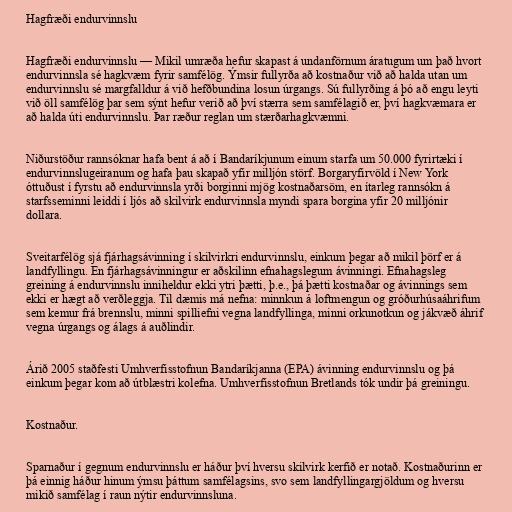
Hagfræði endurvinnslu

Hagfræði endurvinnslu — Mikil umræða hefur skapast á undanförnum áratugum um það hvort
endurvinnsla sé hagkvæm fyrir samfélög. Ýmsir fullyrða að kostnaður við að halda utan um
endurvinnslu sé margfalldur á við hefðbundina losun úrgangs. Sú fullyrðing á þó að engu leyti
við öll samfélög þar sem sýnt hefur verið að því stærra sem samfélagið er, því hagkvæmara er
að halda úti endurvinnslu. Þar ræður reglan um stærðarhagkvæmni.

Niðurstöður rannsóknar hafa bent á að í Bandaríkjunum einum starfa um 50.000 fyrirtæki í
endurvinnslugeiranum og hafa þau skapað yfir milljón störf. Borgaryfirvöld í New York
óttuðust í fyrstu að endurvinnsla yrði borginni mjög kostnaðarsöm, en ítarleg rannsókn á
starfsseminni leiddi í ljós að skilvirk endurvinnsla myndi spara borgina yfir 20 milljónir
dollara.

Sveitarfélög sjá fjárhagsávinning í skilvirkri endurvinnslu, einkum þegar að mikil þörf er á
landfyllingu. En fjárhagsávinningur er aðskilinn efnahagslegum ávinningi. Efnahagsleg
greining á endurvinnslu inniheldur ekki ytri þætti, þ.e., þá þætti kostnaðar og ávinnings sem
ekki er hægt að verðleggja. Til dæmis má nefna: minnkun á loftmengun og gróðurhúsaáhrifum
sem kemur frá brennslu, minni spilliefni vegna landfyllinga, minni orkunotkun og jákvæð áhrif
vegna úrgangs og álags á auðlindir.

Árið 2005 staðfesti Umhverfisstofnun Bandaríkjanna (EPA) ávinning endurvinnslu og þá
einkum þegar kom að útblæstri kolefna. Umhverfisstofnun Bretlands tók undir þá greiningu.

Kostnaður.

Sparnaður í gegnum endurvinnslu er háður því hversu skilvirk kerfið er notað. Kostnaðurinn er
þá einnig háður hinum ýmsu þáttum samfélagsins, svo sem landfyllingargjöldum og hversu
mikið samfélag í raun nýtir endurvinnsluna.